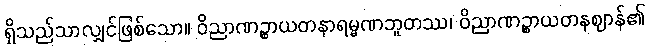
ရှိသည်သာလျှင်ဖြစ်သော။ ဝိညာဏဉ္စာယတနာရမ္မဏဘူတဿ၊ ဝိညာဏဉ္စာယတနဈာန်၏